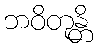
ဘဝိတုန္တိ